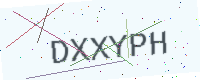
Text: DXXYPH